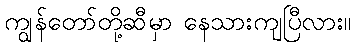
ကျွန်တော်တို့ဆီမှာ နေသားကျပြီလား။